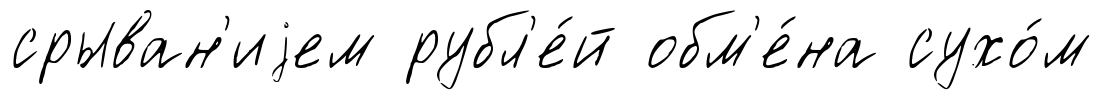
срыван'иjем рубл'е́й обм'е́на сухо́м